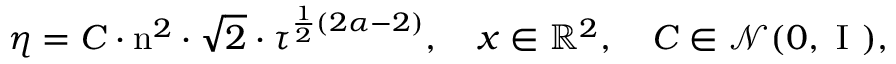
\begin{array} { r } { \eta = C \cdot \mathrm { n } ^ { 2 } \cdot \sqrt { 2 } \cdot \tau ^ { \frac { 1 } { 2 } ( 2 \alpha - 2 ) } , \quad \boldsymbol { x } \in \mathbb { R } ^ { 2 } , \quad C \in \mathcal { N } ( 0 , \mathrm { ~ I ~ } ) , } \end{array}